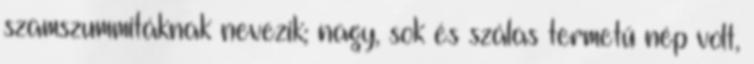
szamszummitáknak nevezik; nagy, sok és szálas termetű nép volt,